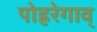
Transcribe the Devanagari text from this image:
पोह्ररेगाव्